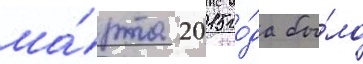
ма́рта 2015 го́да бы́ло